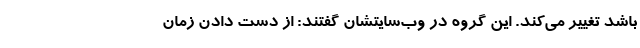
باشد تغییر می‌کند. این گروه در وب‌سایتشان گفتند: از دست دادن زمان